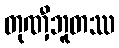
တုဏှီဘူတဿ